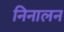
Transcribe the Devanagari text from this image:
निनालन